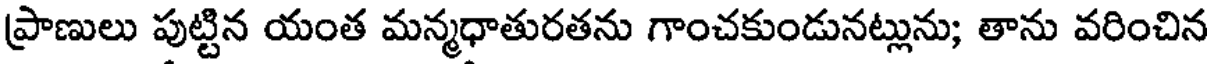
ప్రాణులు పుట్టిన యంత మన్మధాతురతను గాంచకుండునట్లును; తాను వరించిన